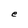
Character: e